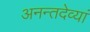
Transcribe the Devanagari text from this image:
अनन्तदेव्यां